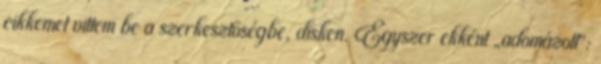
cikkemet vittem be a szerkesztőségbe, disken. Egyszer ekként „adomázott”: